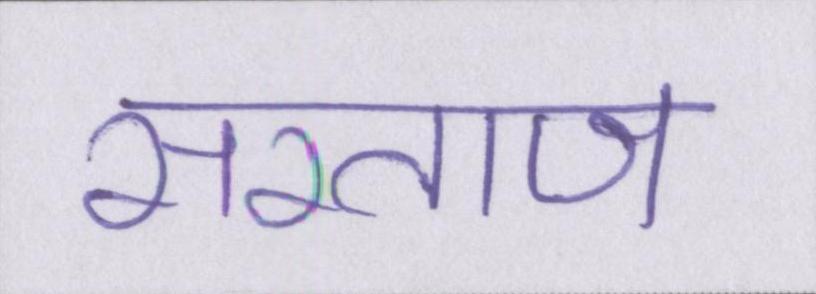
सरताज